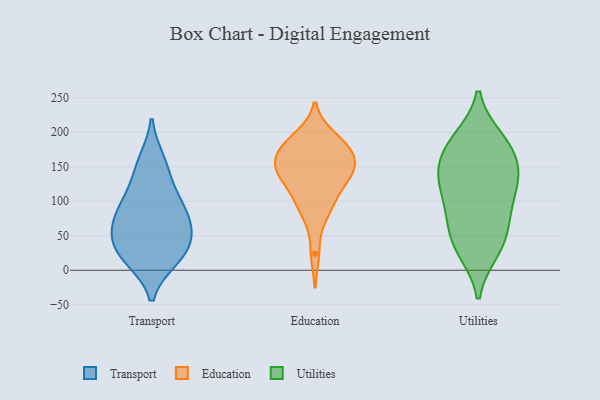
{"axis": {"x": "Demand Index", "y": "Value"}, "legend": ["Education", "Transport", "Utilities"], "data": [{"x": "", "y": 51, "type": "Transport"}, {"x": "", "y": 107, "type": "Transport"}, {"x": "", "y": 74, "type": "Transport"}, {"x": "", "y": 52, "type": "Transport"}, {"x": "", "y": 148, "type": "Transport"}, {"x": "", "y": 17, "type": "Transport"}, {"x": "", "y": 39, "type": "Transport"}, {"x": "", "y": 159, "type": "Transport"}, {"x": "", "y": 69, "type": "Transport"}, {"x": "", "y": 105, "type": "Transport"}, {"x": "", "y": 16, "type": "Transport"}, {"x": "", "y": 87, "type": "Transport"}, {"x": "", "y": 21, "type": "Transport"}, {"x": "", "y": 128, "type": "Education"}, {"x": "", "y": 192, "type": "Education"}, {"x": "", "y": 131, "type": "Education"}, {"x": "", "y": 160, "type": "Education"}, {"x": "", "y": 183, "type": "Education"}, {"x": "", "y": 175, "type": "Education"}, {"x": "", "y": 24, "type": "Education"}, {"x": "", "y": 113, "type": "Education"}, {"x": "", "y": 173, "type": "Education"}, {"x": "", "y": 194, "type": "Education"}, {"x": "", "y": 152, "type": "Education"}, {"x": "", "y": 150, "type": "Education"}, {"x": "", "y": 146, "type": "Education"}, {"x": "", "y": 137, "type": "Education"}, {"x": "", "y": 90, "type": "Education"}, {"x": "", "y": 148, "type": "Education"}, {"x": "", "y": 173, "type": "Education"}, {"x": "", "y": 79, "type": "Education"}, {"x": "", "y": 96, "type": "Education"}, {"x": "", "y": 88, "type": "Utilities"}, {"x": "", "y": 42, "type": "Utilities"}, {"x": "", "y": 172, "type": "Utilities"}, {"x": "", "y": 118, "type": "Utilities"}, {"x": "", "y": 173, "type": "Utilities"}, {"x": "", "y": 136, "type": "Utilities"}, {"x": "", "y": 69, "type": "Utilities"}, {"x": "", "y": 78, "type": "Utilities"}, {"x": "", "y": 190, "type": "Utilities"}, {"x": "", "y": 32, "type": "Utilities"}, {"x": "", "y": 123, "type": "Utilities"}, {"x": "", "y": 137, "type": "Utilities"}, {"x": "", "y": 145, "type": "Utilities"}, {"x": "", "y": 190, "type": "Utilities"}, {"x": "", "y": 28, "type": "Utilities"}]}